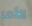
الأمر